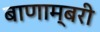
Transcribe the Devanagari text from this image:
बाणाम्बरी